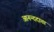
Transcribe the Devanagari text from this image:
आनन्ददाता